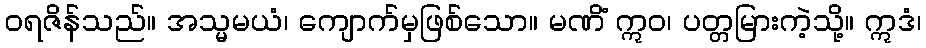
ဝရဇိန်သည်။ အသ္မမယံ၊ ကျောက်မှဖြစ်သော။ မဏိံ ဣဝ၊ ပတ္တမြားကဲ့သို့။ ဣဒံ၊